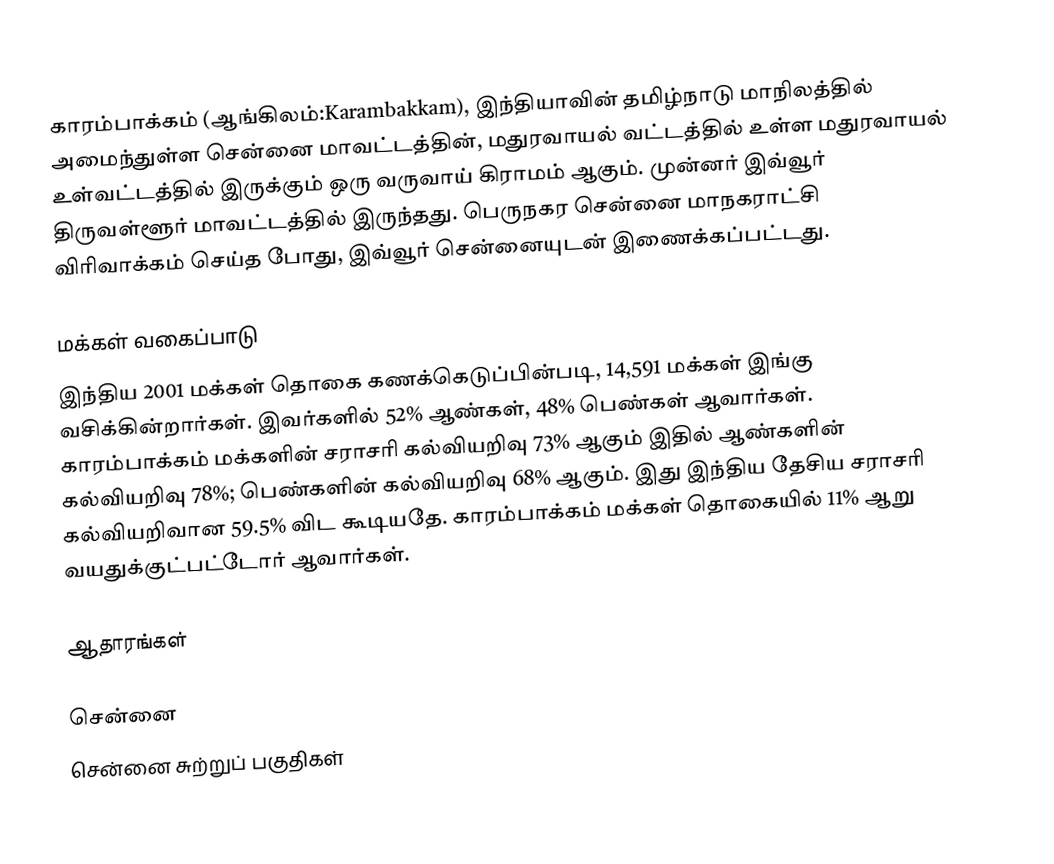
காரம்பாக்கம் (ஆங்கிலம்:Karambakkam), இந்தியாவின் தமிழ்நாடு மாநிலத்தில் அமைந்துள்ள சென்னை மாவட்டத்தின், மதுரவாயல் வட்டத்தில் உள்ள மதுரவாயல் உள்வட்டத்தில்  இருக்கும் ஒரு வருவாய் கிராமம் ஆகும். முன்னர் இவ்வூர் திருவள்ளூர் மாவட்டத்தில் இருந்தது. பெருநகர சென்னை மாநகராட்சி விரிவாக்கம் செய்த போது, இவ்வூர் சென்னையுடன் இணைக்கப்பட்டது.

மக்கள் வகைப்பாடு
இந்திய 2001 மக்கள் தொகை கணக்கெடுப்பின்படி, 14,591 மக்கள் இங்கு வசிக்கின்றார்கள். இவர்களில் 52% ஆண்கள், 48% பெண்கள் ஆவார்கள். காரம்பாக்கம் மக்களின் சராசரி கல்வியறிவு 73% ஆகும்   இதில் ஆண்களின் கல்வியறிவு 78%;  பெண்களின் கல்வியறிவு 68% ஆகும். இது இந்திய தேசிய சராசரி கல்வியறிவான 59.5% விட கூடியதே. காரம்பாக்கம் மக்கள் தொகையில் 11%  ஆறு வயதுக்குட்பட்டோர் ஆவார்கள்.

ஆதாரங்கள்

சென்னை
சென்னை சுற்றுப் பகுதிகள்